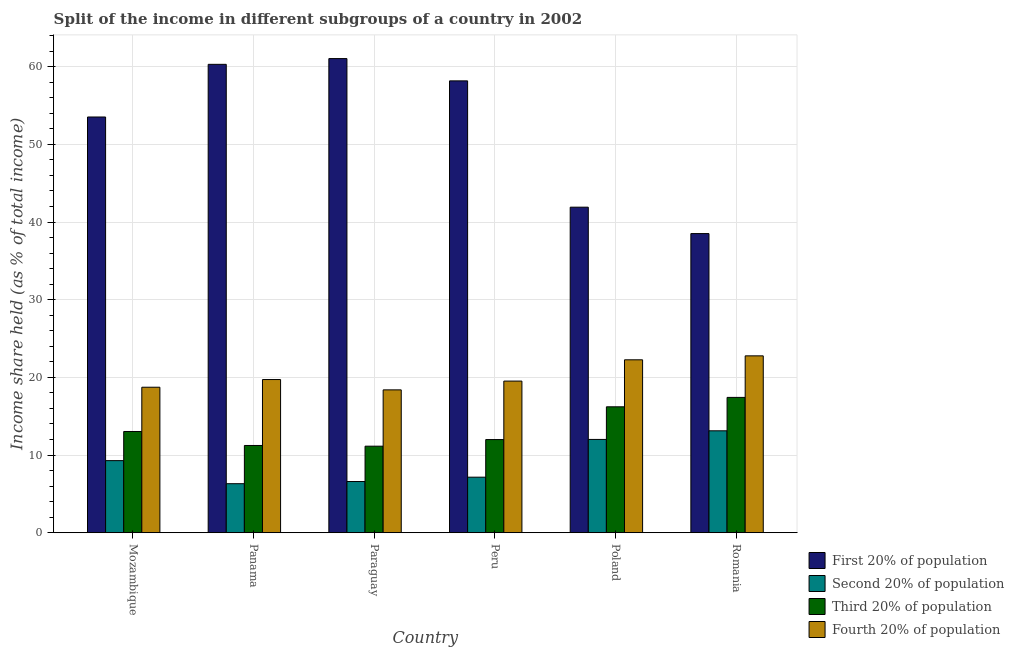
| Country | First 20% of population | Second 20% of population | Third 20% of population | Fourth 20% of population |
 | --- | --- | --- | --- | --- |
 | Mozambique | 53.5 | 9.28 | 13 | 18.7 |
 | Panama | 60.3 | 6.31 | 11.2 | 19.7 |
 | Paraguay | 61 | 6.59 | 11.1 | 18.4 |
 | Peru | 58.2 | 7.15 | 12 | 19.5 |
 | Poland | 41.9 | 12 | 16.2 | 22.3 |
 | Romania | 38.5 | 13.1 | 17.4 | 22.8 |